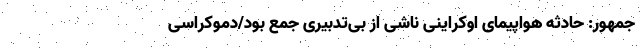
جمهور: حادثه هواپیمای اوکراینی ناشی از بی‌تدبیری جمع بود/دموکراسی